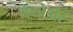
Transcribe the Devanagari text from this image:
थेयोडोर